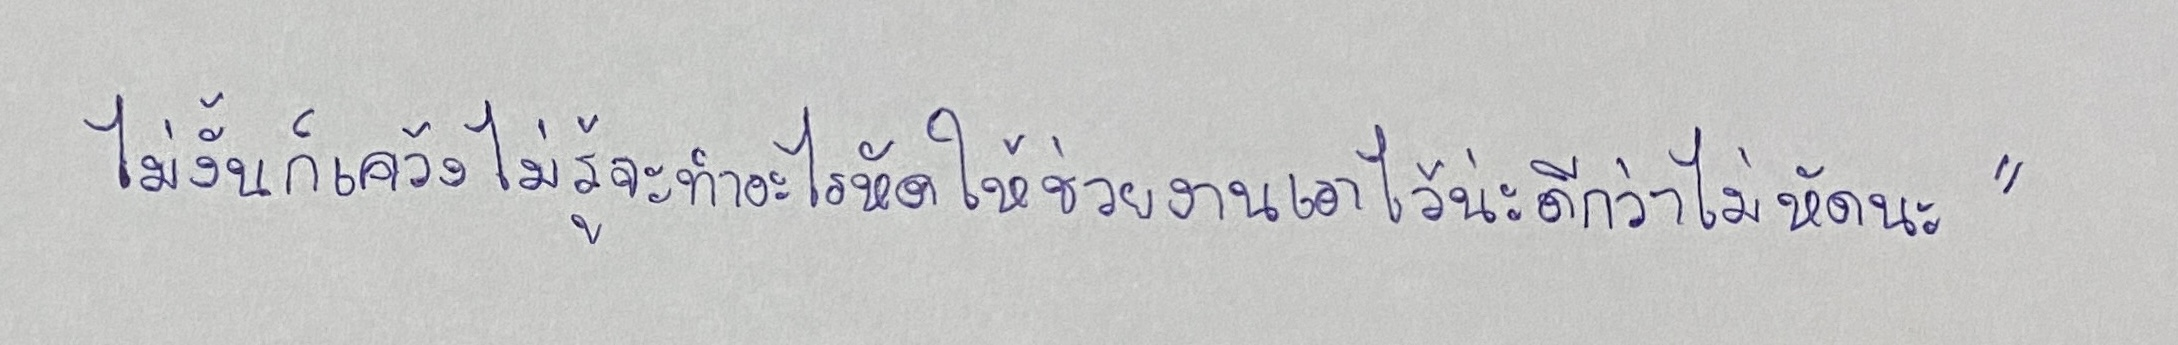
ไม่งั้นก็เคว้งไม่รู้จะทำอะไรหัดให้ช่วยงานเอาไว้น่ะดีกว่าไม่หัดนะ"